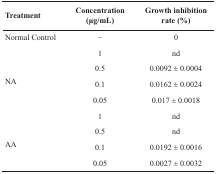
| Treatment | Concentration (μg/mL) | Growth inhibition rate (%) |
 | --- | --- | --- |
 | Normal Control | − | 0 |
 | <ROWSPAN=4> NA | 1 | nd |
 | 0.5 | 0.0092 ± 0.0004 |
 | 0.1 | 0.0162 ± 0.0024 |
 | 0.05 | 0.017 ± 0.0018 |
 | <ROWSPAN=4> AA | 1 | nd |
 | 0.5 | nd |
 | 0.1 | 0.0192 ± 0.0016 |
 | 0.05 | 0.0027 ± 0.0032 |